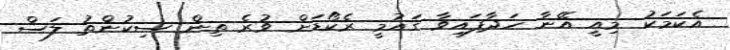
އެކަމަކު މިއީ އޭނާ ހަދާފައިވާ ގައުމީ ރެކޯޑަށް ވުރެ ތިން ސިކުންތު ލަސް